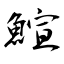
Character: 鰚